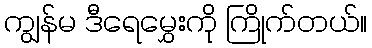
ကျွန်မ ဒီရေမွှေးကို ကြိုက်တယ်။